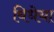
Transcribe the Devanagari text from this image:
विधेया